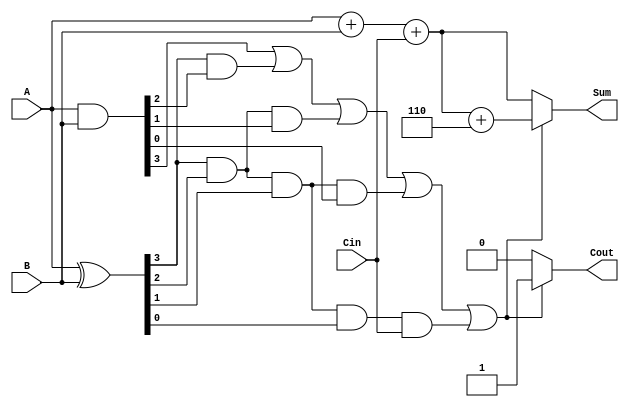
module BCD_Carry_Lookahead_Adder (
    input  wire [3:0] A,      // First BCD digit
    input  wire [3:0] B,      // Second BCD digit
    input  wire Cin,          // Carry input
    output reg  [3:0] Sum,    // BCD sum output
    output reg  Cout          // Carry output
);
    
    wire [3:0] P; // Propagate signals
    wire [3:0] G; // Generate signals
    wire [4:0] C; // Carry signals

    // Generate and Propagate signals
    assign P = A ^ B;      // P[i] = A[i] ^ B[i]
    assign G = A & B;      // G[i] = A[i] & B[i]

    // Carry lookahead logic
    assign C[0] = Cin;     // Initial carry
    assign C[1] = G[0] | (P[0] & C[0]);
    assign C[2] = G[1] | (P[1] & G[0]) | (P[1] & P[0] & C[0]);
    assign C[3] = G[2] | (P[2] & G[1]) | (P[2] & P[1] & G[0]) | (P[2] & P[1] & P[0] & C[0]);
    assign C[4] = G[3] | (P[3] & G[2]) | (P[3] & P[2] & G[1]) | (P[3] & P[2] & P[1] & G[0]) | (P[3] & P[2] & P[1] & P[0] & C[0]);

    // Raw sum calculation
    wire [4:0] RawSum = A + B + Cin; // 5-bits to accommodate carry

    // Output Sum and Cout
    always @(*) begin
        if (C[4]) begin
            // If there's a carry out, add 6 for BCD correction
            Sum = RawSum[3:0] + 4'b0110; // Add 6
            Cout = 1;                    // Set carry out
        end else begin
            Sum = RawSum[3:0];           // Use raw sum
            Cout = 0;                    // No carry out
        end
    end

endmodule